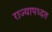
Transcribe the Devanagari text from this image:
राज्यापध्दत